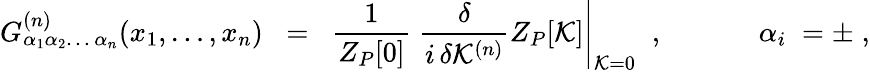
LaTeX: G_{\alpha_{1}\alpha_{2}\ldots\, \alpha_{n}}^{(n)}(x_{1},\ldots,x_{n})\; \; =\; \; \left.\frac{1}{Z_{P}[0]}\; \frac{\delta}{i\, \delta{\cal K}^{(n)}}Z_{P}[{\cal K}]\right|_{{\cal K}=0}\; \; ,\; \; \; \; \; \; \; \; \; \; \; \; \alpha_{i}\; =\pm\; ,